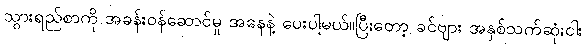
သွားရည်စာကို အခန်းဝန်ဆောင်မှု အနေနဲ့ ပေးပါ့မယ်။ပြီးတော့ ခင်ဗျား အနှစ်သက်ဆုံးငါး